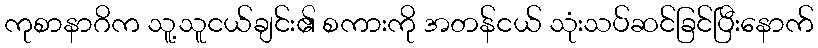
ကုစာနာဂိက သူ့သူငယ်ချင်း၏ စကားကို အတန်ငယ် သုံးသပ်ဆင်ခြင်ပြီးနောက်